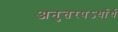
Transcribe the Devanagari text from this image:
अनुत्तरषऽर्धार्थ